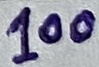
Text: 100